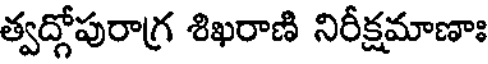
త్వద్గోపురాగ్ర శిఖరాణి నిరీక్షమాణాః